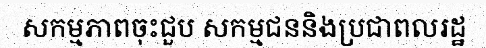
សកម្មភាពចុះជួប សកម្មជននិងប្រជាពលរដ្ឋ